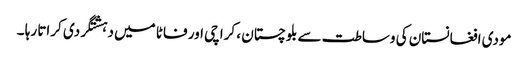
مودی افغانستان کی وساطت سے بلوچستان ، کراچی اور فاٹا میں دہشتگردی کراتا رہا ۔